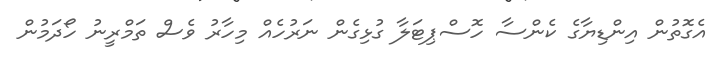
އެގޮތުން އިންޑިޔާގެ ކެންސާ ހޮސްޕިޓަލާ ގުޅިގެން ނަރުހެއް މިހާރު ވެސް ތަމްރީނު ހޯދަމުން